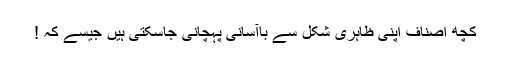
کچھ اصناف اپنی ظاہری شکل سے باآسانی پہچانی جاسکتی ہیں جیسے کہ !